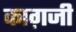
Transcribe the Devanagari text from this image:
काग़जी